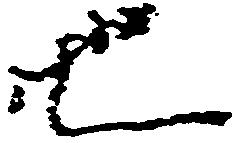
也